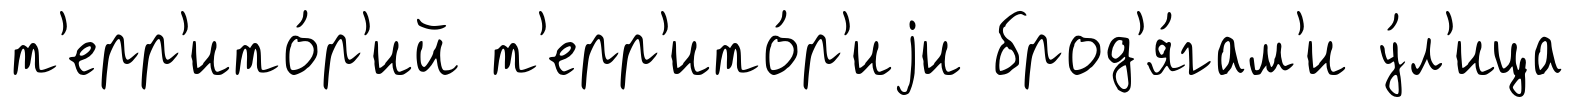
т'ерр'ито́р'ий т'ерр'ито́р'иjи брод'я́гам'и у́л'ица